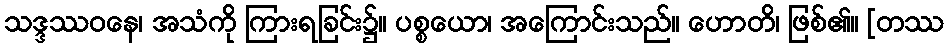
သဒ္ဒဿဝနေ၊ အသံကို ကြားရခြင်း၌။ ပစ္စယော၊ အကြောင်းသည်။ ဟောတိ၊ ဖြစ်၏။ [တဿ